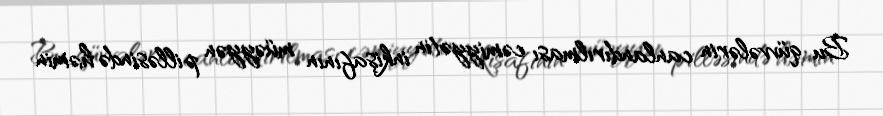
Bu qüvvələrin canlandırılması cəmiyyətin inkişafının müəyyən pilləsində həmin